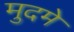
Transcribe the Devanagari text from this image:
मुदमे